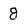
Character: 8